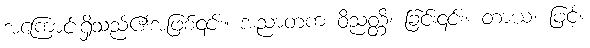
အကြောင်းရှိသည်၏အဖြစ်၎င်း။ အညာတက ဝိညတ္တိ၊ ခြင်း၎င်း။ တာယ၊ ဖြင့်။